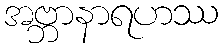
အဗ္ဘာနာရဟဿ